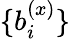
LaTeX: \{ b_{i}^{(x)}\}